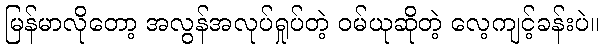
မြန်မာလိုတော့ အလွန်အလုပ်ရှုပ်တဲ့ ဝမ်ယုဆိုတဲ့ လေ့ကျင့်ခန်းပဲ။